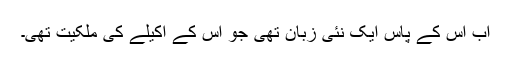
اب اس کے پاس ایک نئی زبان تھی جو اُس کے اکیلے کی ملکیت تھی۔